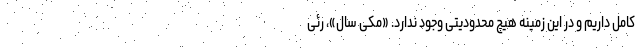
کامل داریم و در این زمینه هیچ محدودیتی وجود ندارد. «مکی سال»، رئی